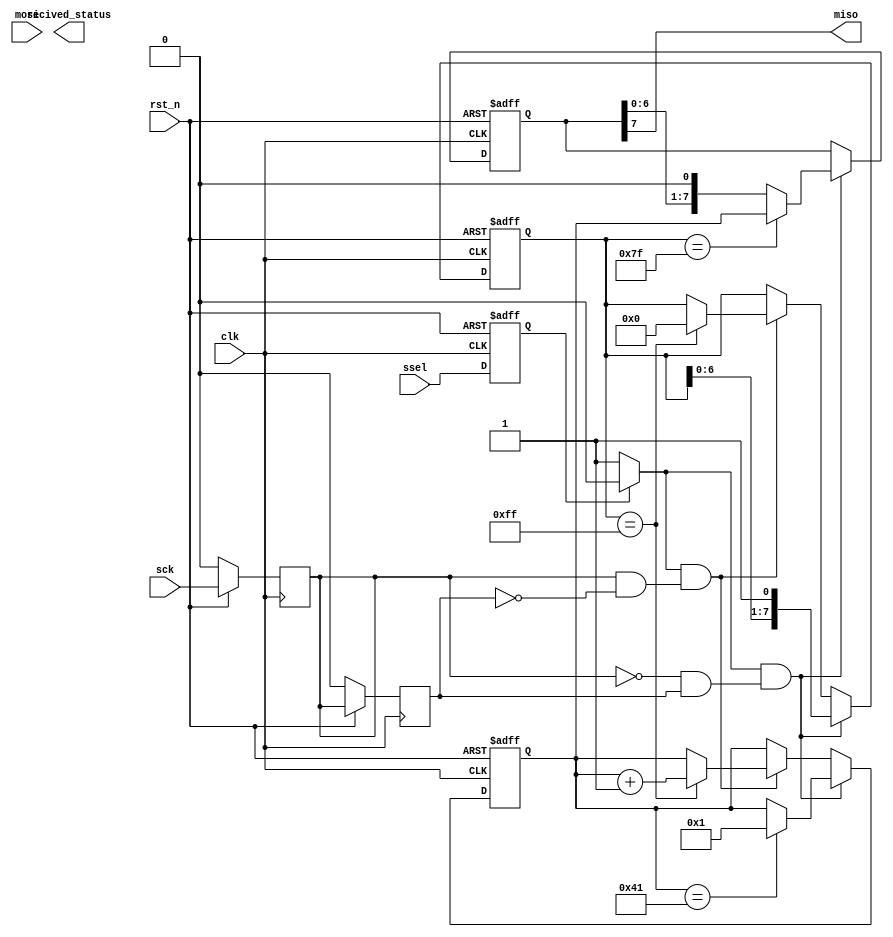
module spi_slave_b2b_reduced(
clk,sck,mosi,miso,ssel,rst_n,recived_status
);
input clk;
input rst_n;
input sck,mosi,ssel;
output miso;
output recived_status;
reg recived_status;
reg sselr;
reg [7:0] byte_data_sent;
reg [7:0] next_byte_data_sent;
reg [7:0] bit_cnt;
wire ssel_active;
wire sck_risingedge;
wire sck_fallingedge;
wire ssel_startmessage;
wire ssel_endmessage;
reg curr, last;
always@(posedge clk)
begin
	if(!rst_n) begin
		curr <= 1'b0;
		last <= 1'b0;
	end
	else begin
    curr <= sck;
    last <= curr;
	end
end
assign sck_risingedge = curr & (~last);
assign sck_fallingedge = ~curr & (last);
always @(posedge clk or negedge rst_n)begin
	if(!rst_n)
		sselr <= 1'h1;
	else
		sselr <= ssel;
end
assign  ssel_active = (~sselr) ? 1'b1 : 1'b0;  
always @(posedge clk or negedge rst_n) begin
    if(!rst_n) begin
		byte_data_sent <= 8'h1;
		next_byte_data_sent <= 8'h2;
		bit_cnt <= 8'h0;
	 end
	 else begin
      if(ssel_active && sck_fallingedge) 
		begin
          if(next_byte_data_sent == 8'h41)
               next_byte_data_sent <= 8'h1;
			 if (bit_cnt == 8'h7f)
			   begin
						byte_data_sent <= next_byte_data_sent;
						bit_cnt <= {bit_cnt[6:0], 1'b1};
				 end
			 else
			   byte_data_sent <= {byte_data_sent[6:0], 1'b0};
			 bit_cnt <= {bit_cnt[6:0], 1'b1}; 
		end
		else begin
			if(ssel_active && sck_risingedge) begin
				 if(bit_cnt == 8'hff)
				  begin
					 bit_cnt <= 8'h0;
					 next_byte_data_sent <= next_byte_data_sent + 1;
				 end
			end
		end
	end
end
assign miso = byte_data_sent[7];  
endmodule